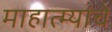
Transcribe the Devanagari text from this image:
माहात्म्यांचे